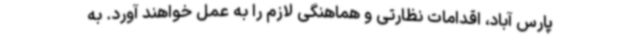
پارس آباد، اقدامات نظارتی و هماهنگی لازم را به عمل خواهند آورد. به